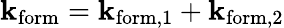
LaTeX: \mathbf{k}_{\mathrm{{form}}}=\mathbf{k}_{\mathrm{{form}},1}+\mathbf{k}_{\mathrm{{form}},2}